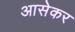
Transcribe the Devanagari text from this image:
आसेकर